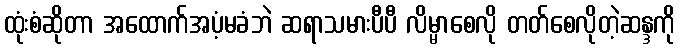
ထုံးစံဆိုတာ အထောက်အပံ့မခံဘဲ ဆရာသမားပီပီ လိမ္မာစေလို တတ်စေလိုတဲ့ဆန္ဒကို